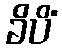
ခိပိံ